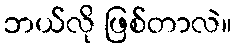
ဘယ်လို ဖြစ်တာလဲ။